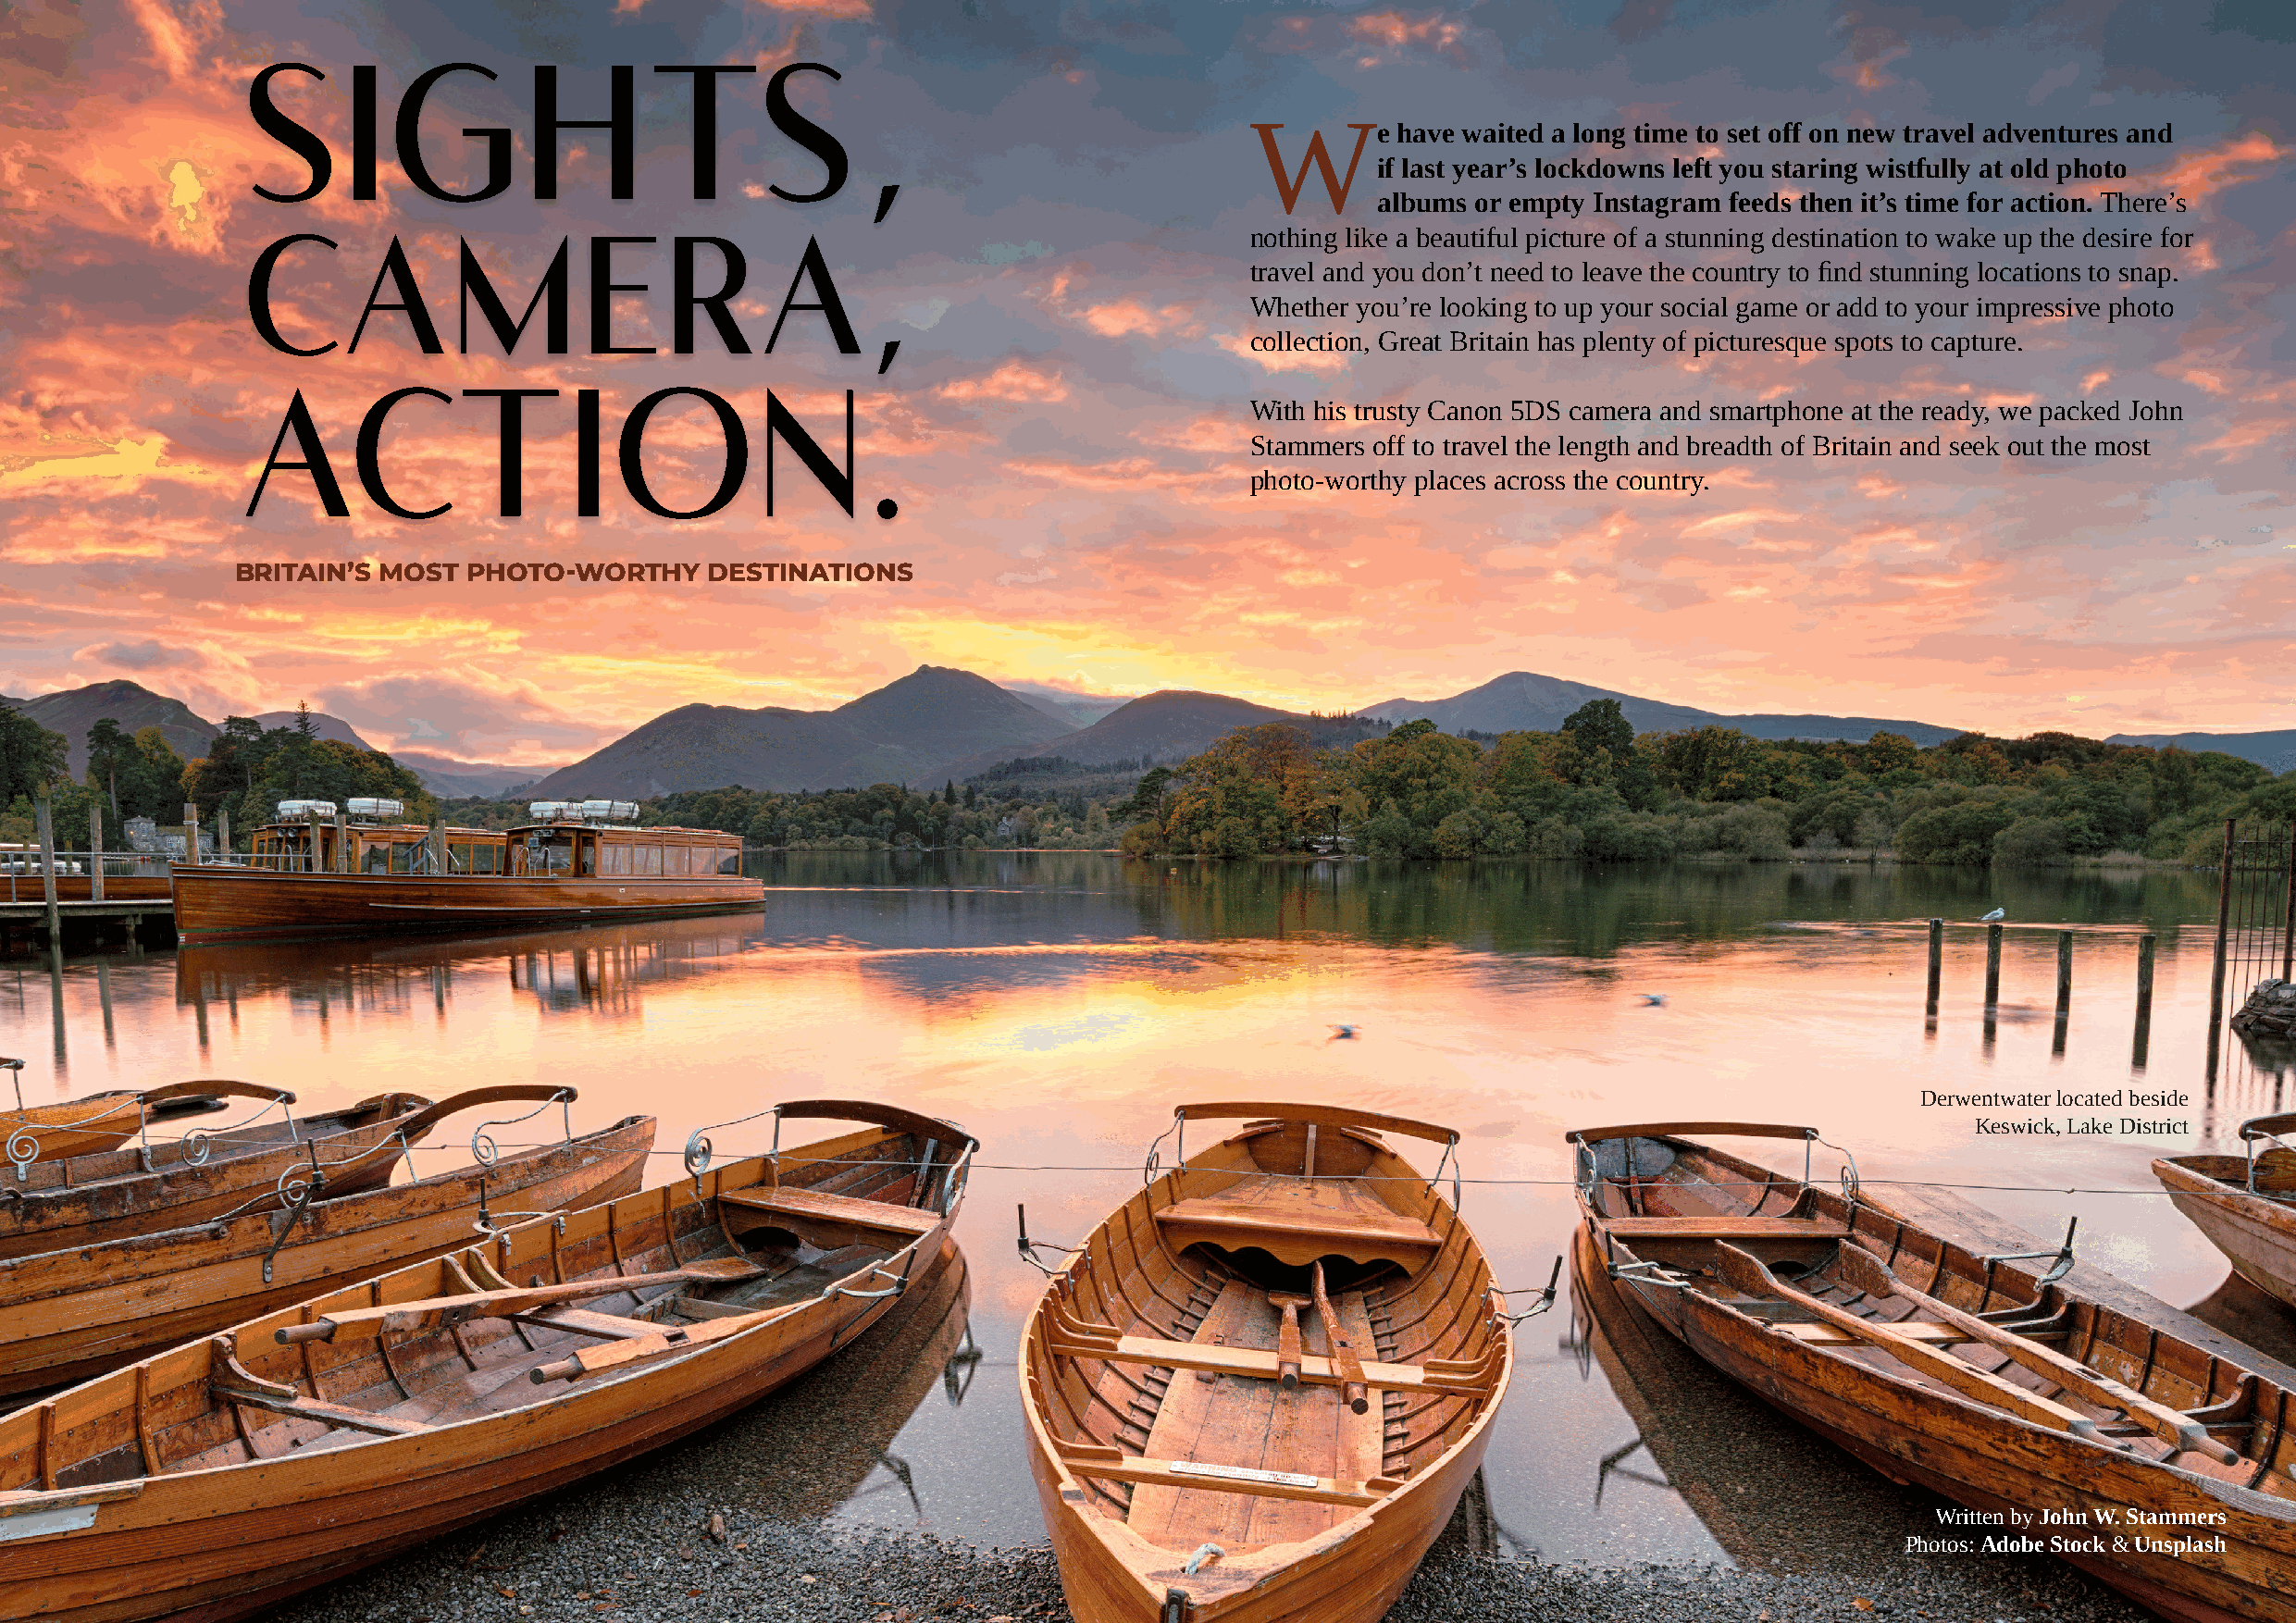
SIGHTS,                                                                 We         have waited a long time to set off on new travel adventures and
 if last year’s lockdowns left you staring wistfully at old photo
 albums or empty Instagram feeds then it’s time for action. There’s
 nothing like a beautiful picture of a stunning destination to wake up the desire for
 travel and you don’t need to leave the country to find stunning locations to snap.
 CAMERA,
 Whether you’re looking to up your social game or add to your impressive photo
 collection, Great Britain has plenty of picturesque spots to capture.
 With his trusty Canon 5DS camera and smartphone at the ready, we packed John
 Stammers off to travel the length and breadth of Britain and seek out the most
 ACTION.
 photo-worthy places across the country.
 BRITAIN’S MOST  PHOTO-WORTHY      DESTINATIONS
 Derwentwater located beside
 Keswick, Lake District
 Written by John W. Stammers
 Photos: Adobe Stock & Unsplash
 Page 132                                                                                                                                             Page 133